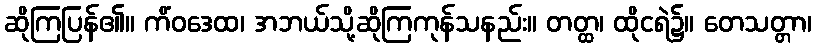
ဆိုကြပြန်၏။ ကိံဝဒေထ၊ အဘယ်သို့ဆိုကြကုန်သနည်း။ တတ္ထ၊ ထိုငရဲ၌။ တေသတ္တာ၊